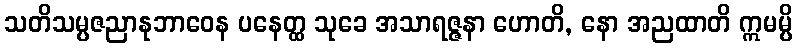
သတိသမ္ပဇညာနုဘာဝေန ပနေတ္ထ သုခေ အသာရဇ္ဇနာ ဟောတိ, နော အညထာတိ ဣမမ္ပိ